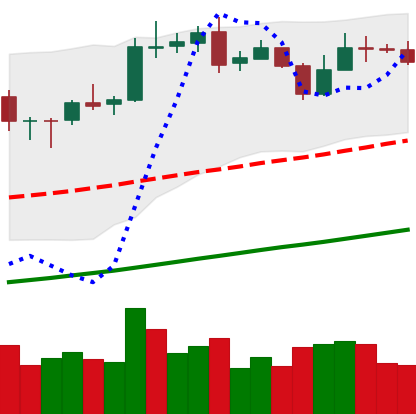
Ticker: BNB-USD
Chart end date: 2020-10-25
Forward return: -5.311%
Label: down_5_7